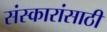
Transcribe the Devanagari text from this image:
संस्कारांसाठीं